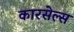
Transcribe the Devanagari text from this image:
कारसेल्स